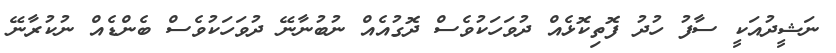
ނަޝީދުއަކީ ސާފު ހުދު ފޮތިކޮޅެއް ދުވަހަކުވެސް ދޮގުއެއް ނުބުނާނޭ ދުވަހަކުވެސް ބެންޑެއް ނުކުރާނޭ